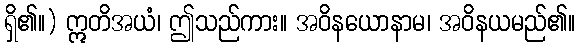
ရှိ၏။) ဣတိအယံ၊ ဤသည်ကား။ အဝိနယောနာမ၊ အဝိနယမည်၏။